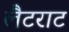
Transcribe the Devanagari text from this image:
लैटराट